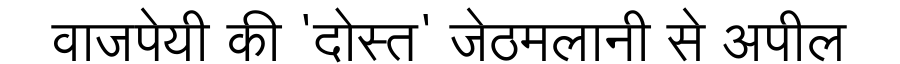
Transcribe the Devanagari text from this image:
वाजपेयी की 'दोस्त' जेठमलानी से अपील